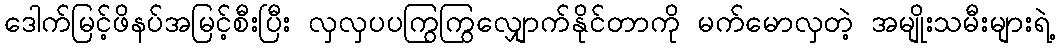
ဒေါက်မြင့်ဖိနပ်အမြင့်စီးပြီး လှလှပပကြွကြွလျှောက်နိုင်တာကို မက်မောလှတဲ့ အမျိုးသမီးများရဲ့